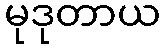
မုဒုတာယ